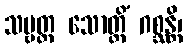
သဗ္ဗတ္ထ သောတ္ထိံ ဂစ္ဆန္တိ၊